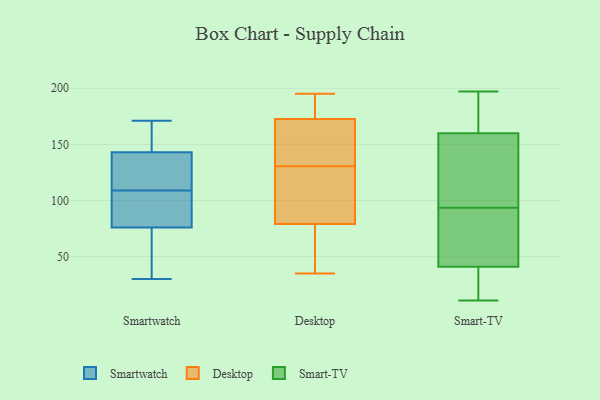
{"axis": {"x": "Demand Index", "y": "Value"}, "legend": ["Desktop", "Smart-TV", "Smartwatch"], "data": [{"x": "", "y": 76, "type": "Smartwatch"}, {"x": "", "y": 143, "type": "Smartwatch"}, {"x": "", "y": 82, "type": "Smartwatch"}, {"x": "", "y": 171, "type": "Smartwatch"}, {"x": "", "y": 117, "type": "Smartwatch"}, {"x": "", "y": 30, "type": "Smartwatch"}, {"x": "", "y": 53, "type": "Smartwatch"}, {"x": "", "y": 150, "type": "Smartwatch"}, {"x": "", "y": 142, "type": "Smartwatch"}, {"x": "", "y": 101, "type": "Smartwatch"}, {"x": "", "y": 35, "type": "Desktop"}, {"x": "", "y": 37, "type": "Desktop"}, {"x": "", "y": 137, "type": "Desktop"}, {"x": "", "y": 177, "type": "Desktop"}, {"x": "", "y": 166, "type": "Desktop"}, {"x": "", "y": 87, "type": "Desktop"}, {"x": "", "y": 182, "type": "Desktop"}, {"x": "", "y": 71, "type": "Desktop"}, {"x": "", "y": 124, "type": "Desktop"}, {"x": "", "y": 123, "type": "Desktop"}, {"x": "", "y": 168, "type": "Desktop"}, {"x": "", "y": 195, "type": "Desktop"}, {"x": "", "y": 146, "type": "Smart-TV"}, {"x": "", "y": 145, "type": "Smart-TV"}, {"x": "", "y": 178, "type": "Smart-TV"}, {"x": "", "y": 98, "type": "Smart-TV"}, {"x": "", "y": 197, "type": "Smart-TV"}, {"x": "", "y": 195, "type": "Smart-TV"}, {"x": "", "y": 174, "type": "Smart-TV"}, {"x": "", "y": 11, "type": "Smart-TV"}, {"x": "", "y": 20, "type": "Smart-TV"}, {"x": "", "y": 53, "type": "Smart-TV"}, {"x": "", "y": 78, "type": "Smart-TV"}, {"x": "", "y": 75, "type": "Smart-TV"}, {"x": "", "y": 130, "type": "Smart-TV"}, {"x": "", "y": 89, "type": "Smart-TV"}, {"x": "", "y": 29, "type": "Smart-TV"}, {"x": "", "y": 14, "type": "Smart-TV"}]}